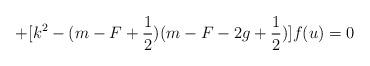
LaTeX: \begin{align*}+[k^2-(m-F+\frac 12)(m-F-2g+\frac 12)]f(u)=0\end{align*}